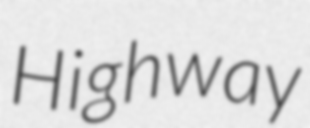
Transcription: Highway